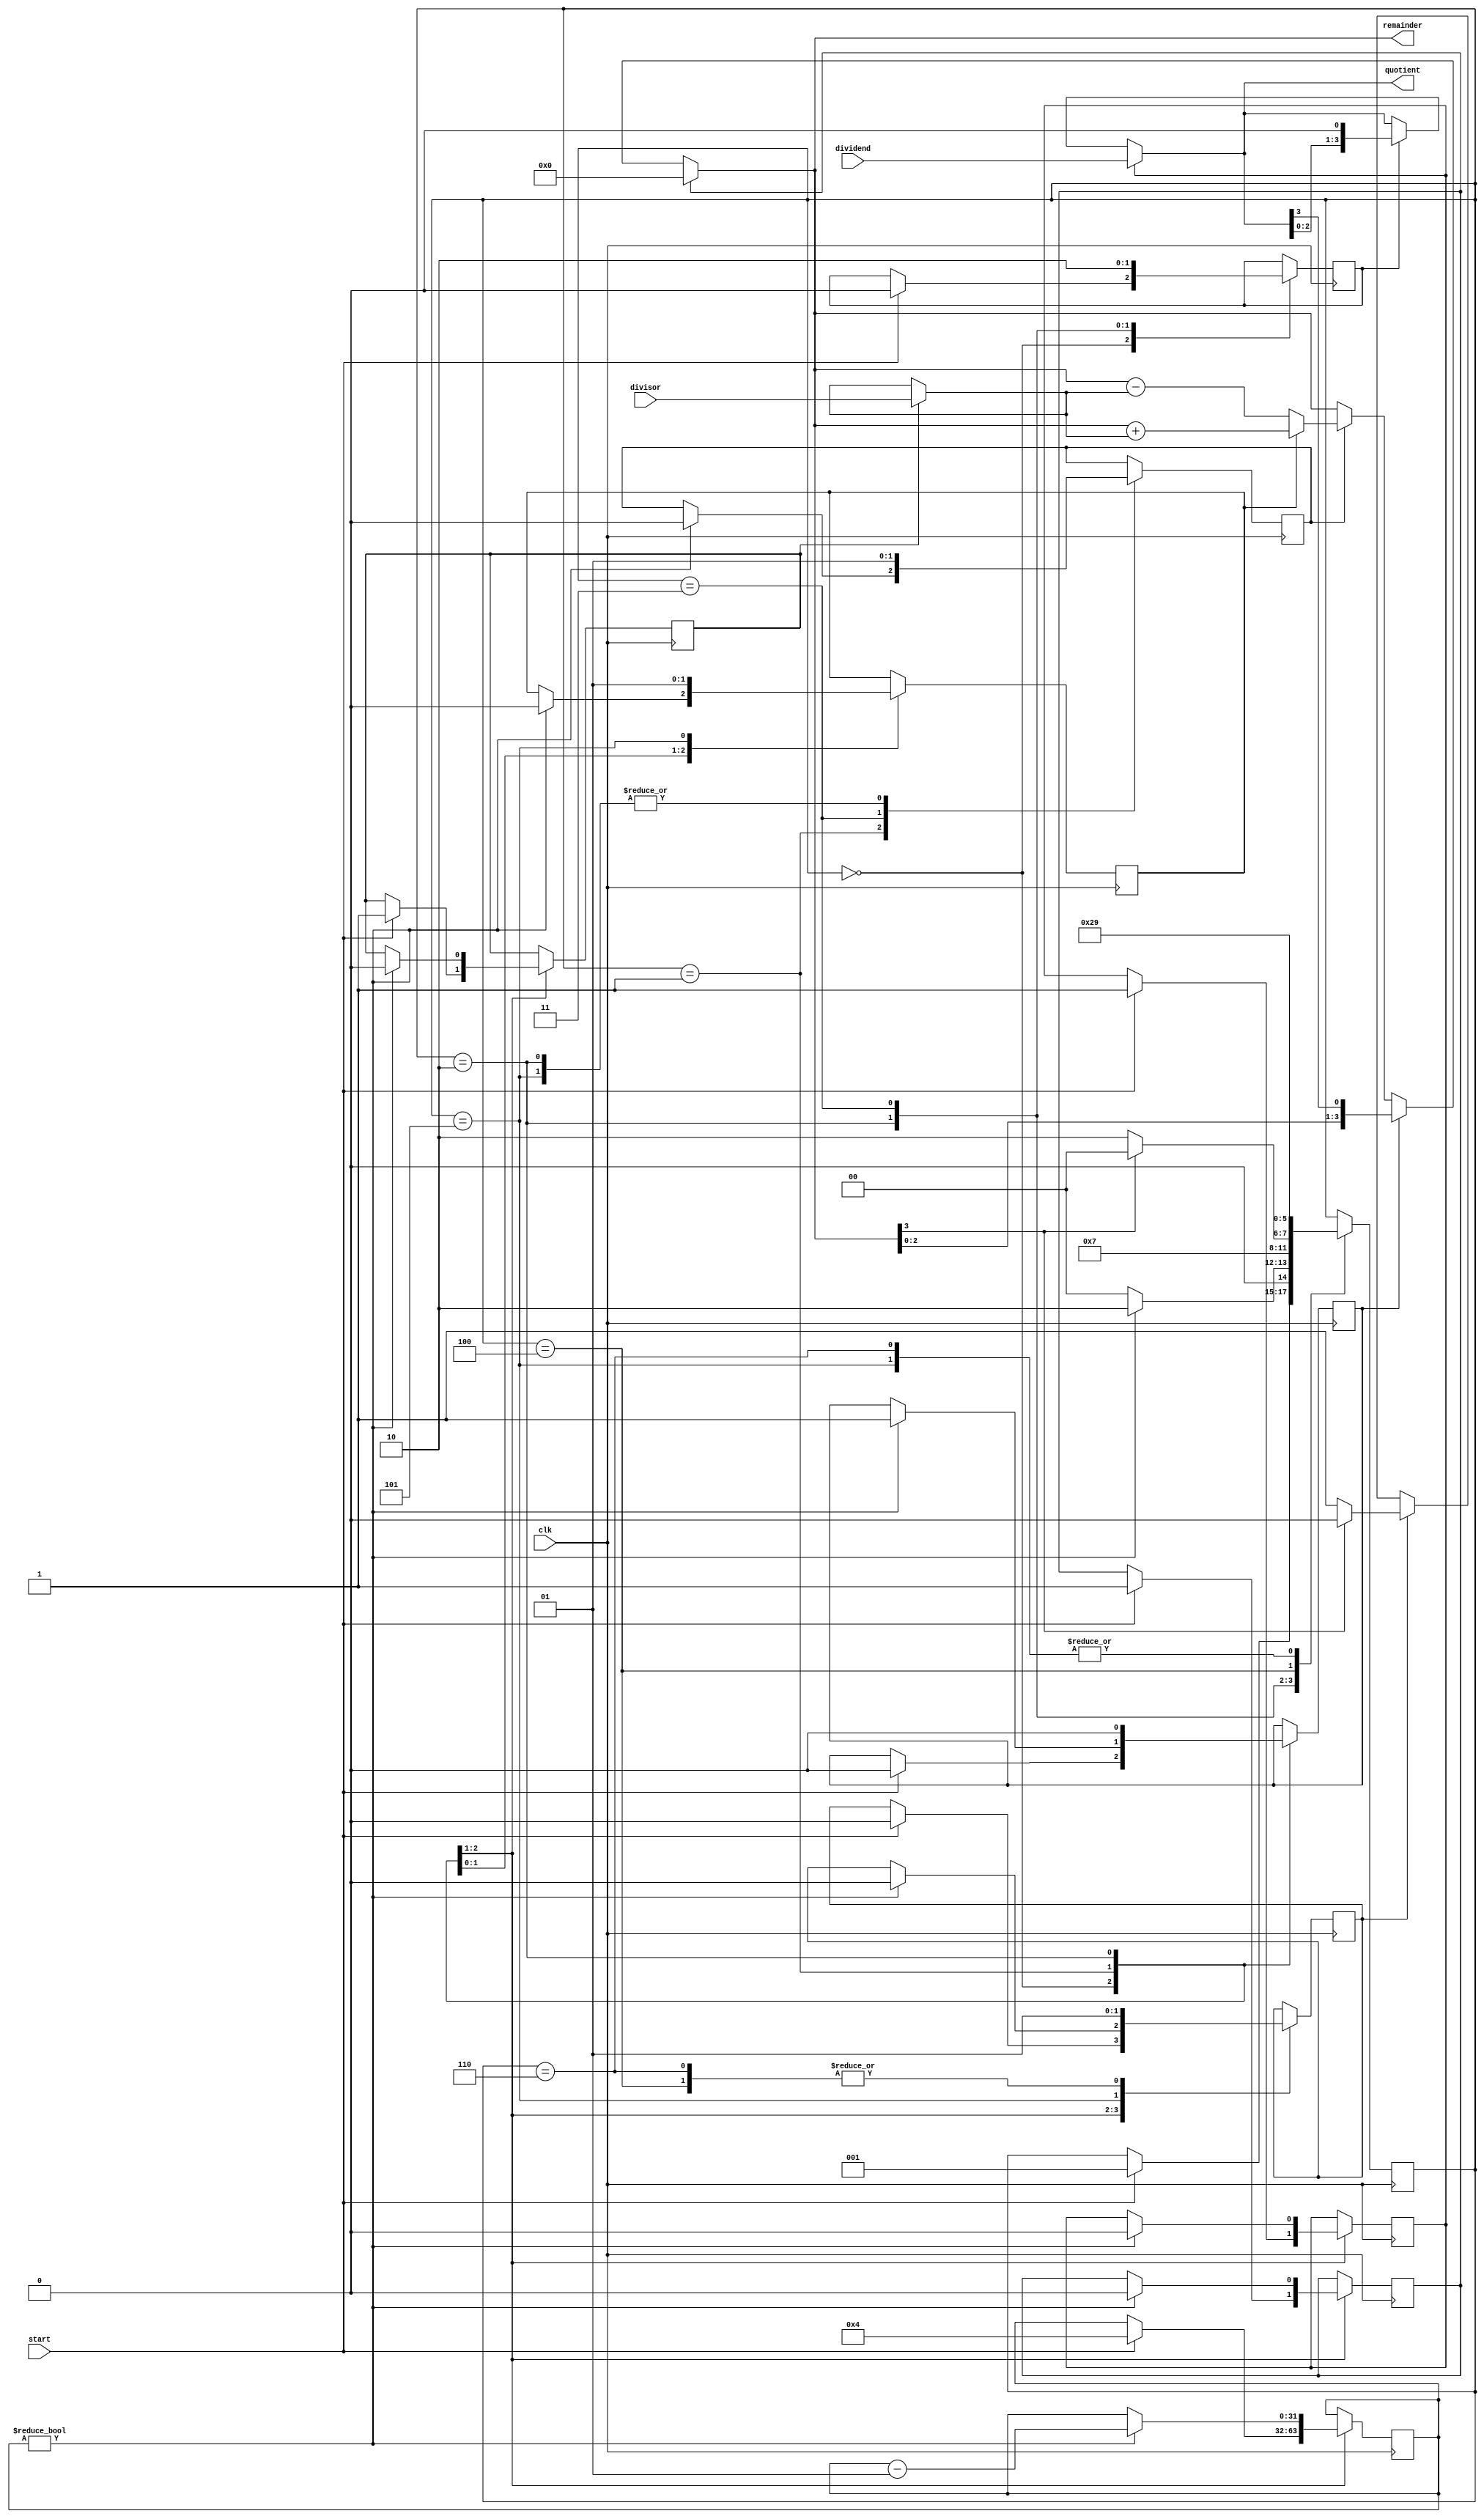
module divider_FSM #(parameter N = 4) (
    input start,
    input clk,
    input [N - 1:0] divisor,
    input [N - 1:0] dividend,
    output [N - 1:0] quotient,
    output [N - 1:0] remainder
);

    reg [N - 1:0] a_reg;
    reg [N - 1:0] m_reg;
    reg [N - 1:0] q_reg;
    
    reg a_reset; 
    reg a_load;
    reg m_load;
    reg q_load;
    reg a_shift;
    reg q_shift;
    reg addsub;
    reg q_lsb;

    reg [2:0] STATE;
    

    localparam S0 = 3'b000;
    localparam S1 = 3'b001;
    localparam S2 = 3'b010;
    localparam S3 = 3'b011;
    localparam S4 = 3'b100;
    localparam S5 = 3'b101;
    localparam S6 = 3'b110;

    assign a_reg = a_reset ? {N{1'b0}} : a_shift ? {a_reg[N - 2 : 0], q_reg[N - 1]} : a_load ? addsub ? a_reg + m_reg : a_reg - m_reg : a_reg;
    assign q_reg = q_load ? dividend : q_shift ? q_reg << 1 : q_reg;
    assign m_reg = m_load ? divisor : m_reg;
    assign q_reg[0] = q_lsb ? a_reg[N - 1] == 1'b1 ? 1'b0 : 1'b1 : q_reg;
    

    integer count;
    
    initial STATE = S0;
    assign remainder = a_reg;
    assign quotient = q_reg;

    always @(posedge clk) begin
        
        case(STATE)
            S0: begin                   //Initialize
                if (start == 1'b1) begin
                    count = N;
		    a_reset <= 1;
		    m_load <= 1;
	            q_load <= 1;
		    q_lsb <= 0;
		    a_shift <= 0;
		    q_shift <= 0;
		    STATE <= S1;
                end 
                
            end
            
            S1: begin                   //Shift
			if (count != 0) begin
                		a_reset <= 0;
				m_load <= 0;
				q_load <= 0;
				a_load <= 0;
				q_lsb <= 0;
				addsub <= 0;

				a_shift <= 1;
				count <= count - 1;
				STATE <= S2;
			end else begin
				STATE <= S0;
			end
                end

            S2: begin                   //Subtract;
             	a_shift <= 0;
		q_shift <= 1;

		addsub <= 0;
		a_load <= 1;
		STATE <= S3;
            end
          
	    
            S3: begin			//Compare;
		a_load <= 0;
                q_shift <= 0;

		if(a_reg[N - 1] == 1'b1) begin
			STATE <= S4;
		end else begin
			STATE <= S6;
		end
            end

	    S4: begin			//Q0 = 0 and restore A
		q_lsb <= 1;

		STATE <= S5;
	    end

	    S5: begin			//restore A
		q_lsb <= 0;

		addsub <= 1;
		a_load <= 1;
		STATE <= S1;
  	    end
            
	    S6: begin
		q_lsb <= 1;
		
		STATE <= S1;
	    end

	   
        endcase
        
    end
    
    
    
endmodule